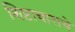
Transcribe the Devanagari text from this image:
शिष्टाचाराचे